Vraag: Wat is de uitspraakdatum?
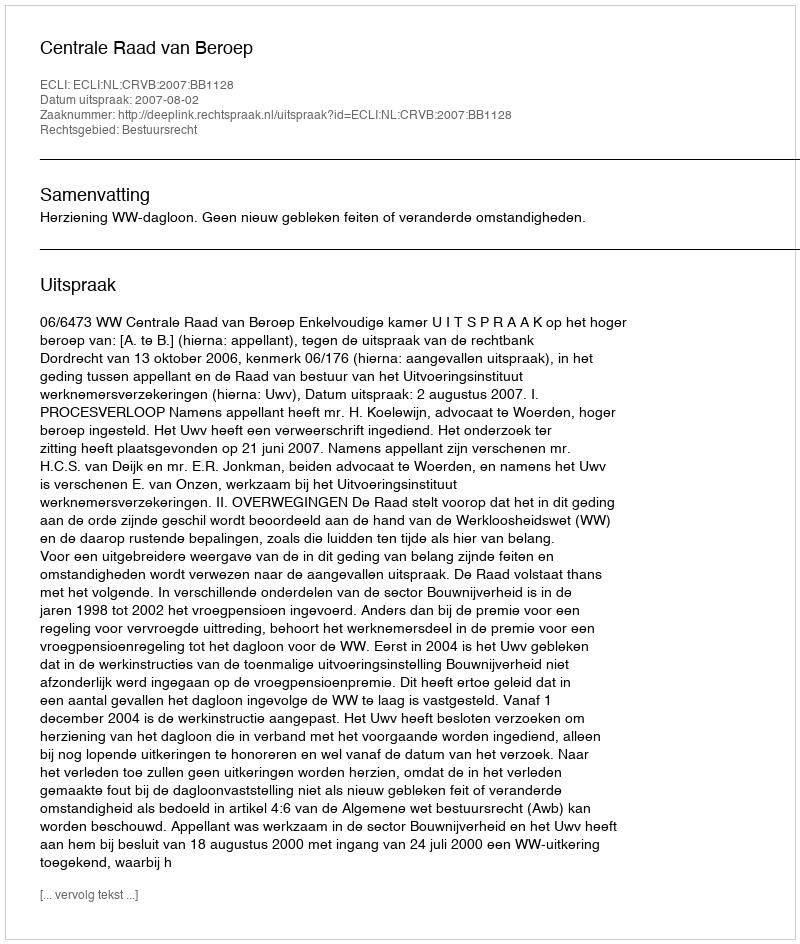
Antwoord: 2007-08-02